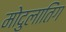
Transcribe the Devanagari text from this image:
मोदुलातिंग